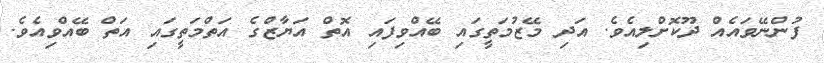
ފުންނޭވައެއް ދޫކޮށްލިއެވެ. އަދި މޭޒުމަތީގައި ބޭއްވިފައި އޮތް އަޔާޒްގެ އަތްމަތީގައި އަތް ބޭއްވިއެވެ.